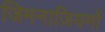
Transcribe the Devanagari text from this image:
जिमनाज़ियमों